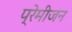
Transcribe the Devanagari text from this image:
प्रेमीजन